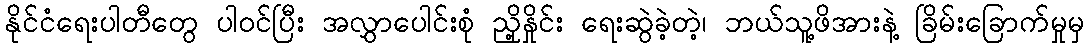
နိုင်ငံရေးပါတီတွေ ပါဝင်ပြီး အလွှာပေါင်းစုံ ညှို့နှိုင်း ရေးဆွဲခဲ့တဲ့၊ ဘယ်သူ့ဖိအားနဲ့ ခြိမ်းခြောက်မှုမှ